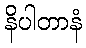
နိပါတာနံ